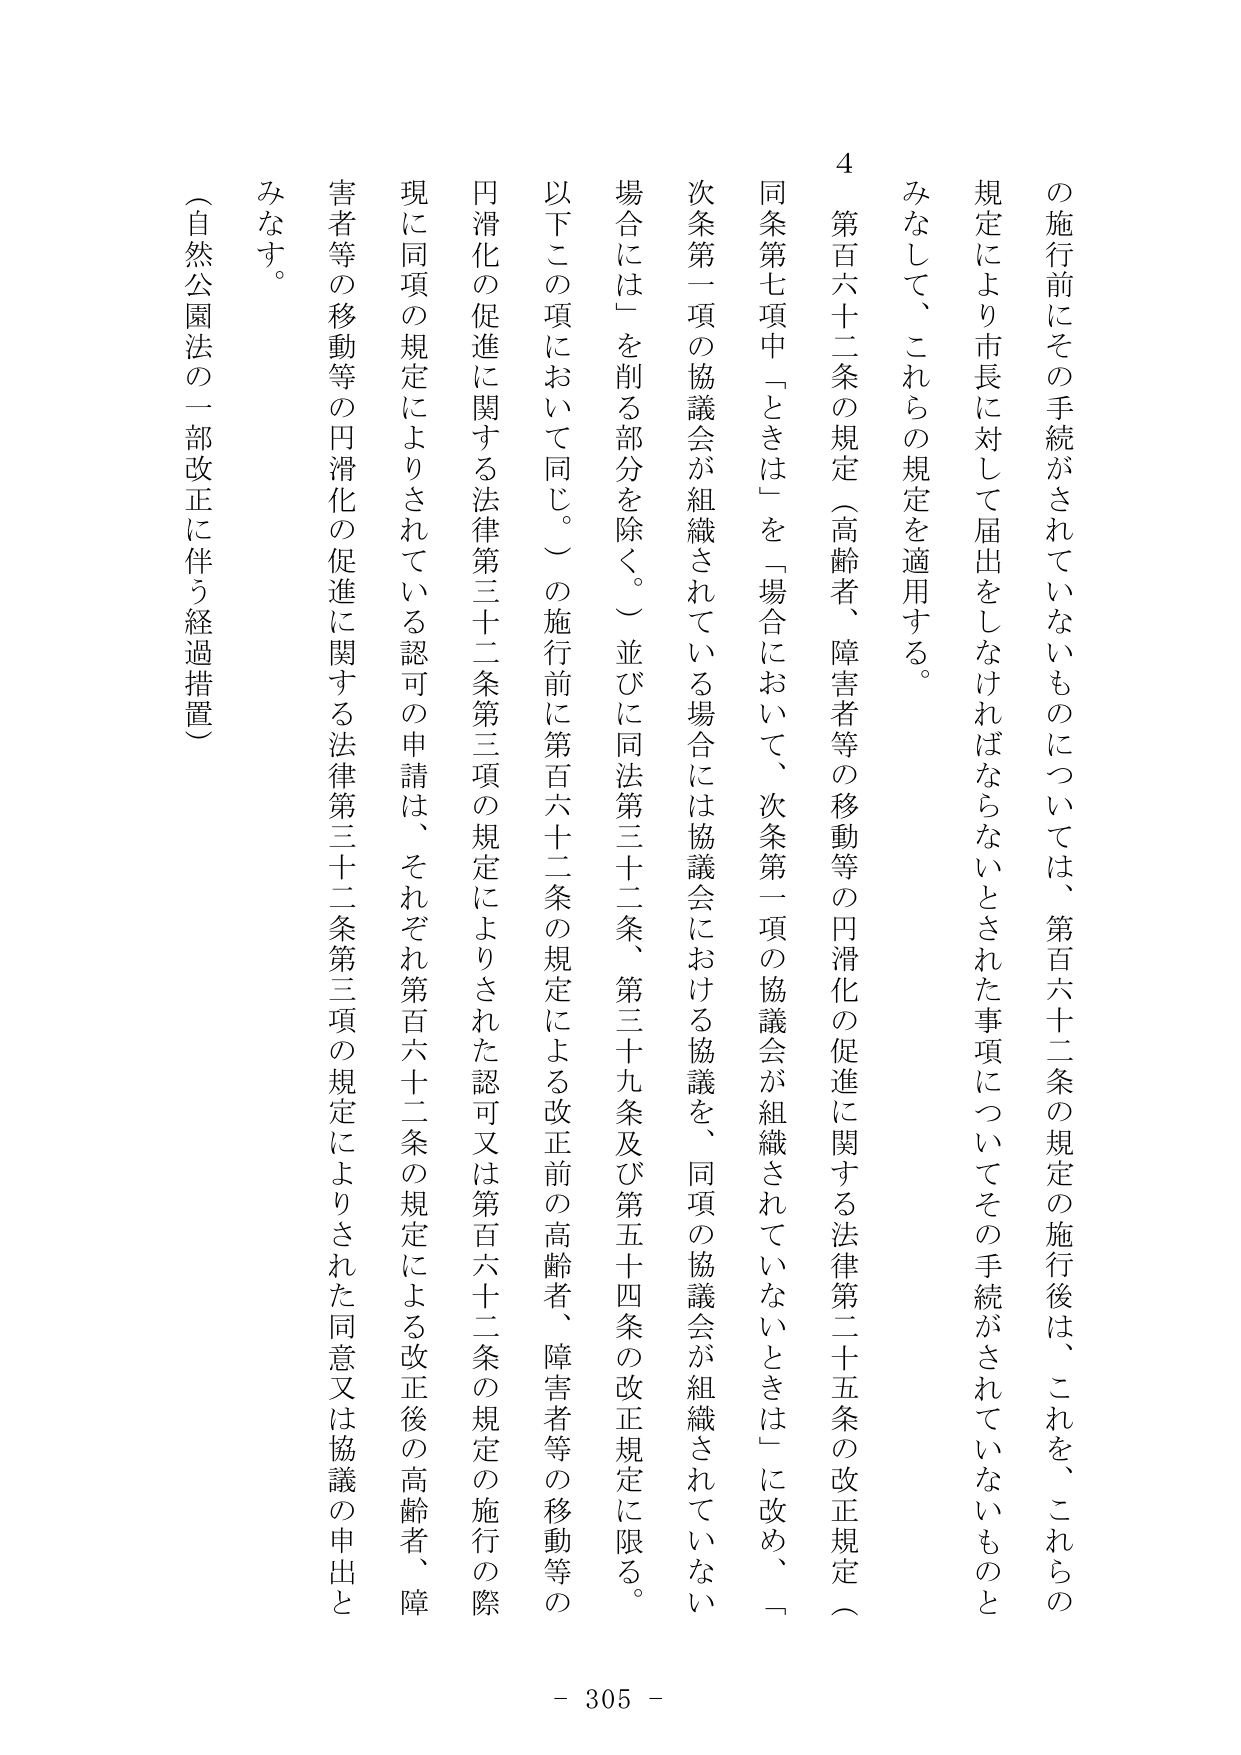
の施行前にその手続がされていないものについては、第百六十二条の規定の施行後は、これを、これらの規定により市長に対して届出をしなければならないとされた事項についてその手続がされていないものとみなして、これらの規定を適用する。

４ 第百六十二条の規定（高齢者、障害者等の移動等の円滑化の促進に関する法律第二十五条の改正規定（同条第七項中「ときは」を「場合において、次条第一項の協議会が組織されていないときは」に改め、「次条第一項の協議会が組織されている場合には協議会における協議を、同項の協議会が組織されていない場合には」を削る部分を除く。）並びに同法第三十二条、第三十九条及び第五十四条の改正規定に限る。以下この項において同じ。）の施行前に第百六十二条の規定による改正前の高齢者、障害者等の移動等の円滑化の促進に関する法律第三十二条第三項の規定によりされた認可又は第百六十二条の規定の施行の際に同項の規定によりされている認可の申請は、それぞれ第百六十二条の規定による改正後の高齢者、障害者等の移動等の円滑化の促進に関する法律第三十二条第三項の規定によりされた同意又は協議の申出とみなす。

（自然公園法の一部改正に伴う経過措置）

- 305 -